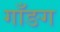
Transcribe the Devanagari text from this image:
गाँङग